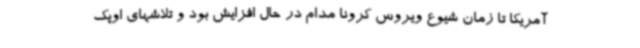
آمریکا تا زمان شیوع ویروس کرونا مدام در حال افزایش بود و تلاشهای اوپک